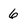
Character: 6